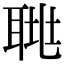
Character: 𦖅